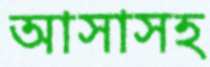
আসাসহ